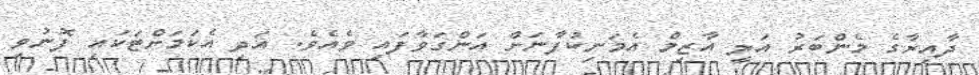
ދާއިރާގެ މެންބަރު އަލީ އާޒިމް އެމަނިކުފާނަށް އަންގަވާފައި ވެއެވެ. އަދި އެކަމަށްޓަކައި ފޮނުވި